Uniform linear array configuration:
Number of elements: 8
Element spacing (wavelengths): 0.75
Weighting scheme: blackman
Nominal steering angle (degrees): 30
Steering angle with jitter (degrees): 28.186
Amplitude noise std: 0.05
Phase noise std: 0.05

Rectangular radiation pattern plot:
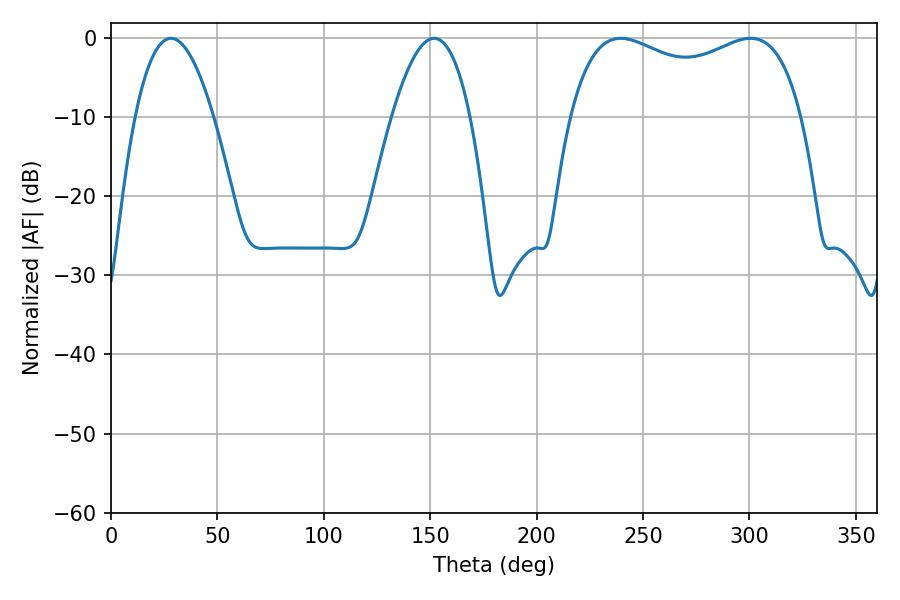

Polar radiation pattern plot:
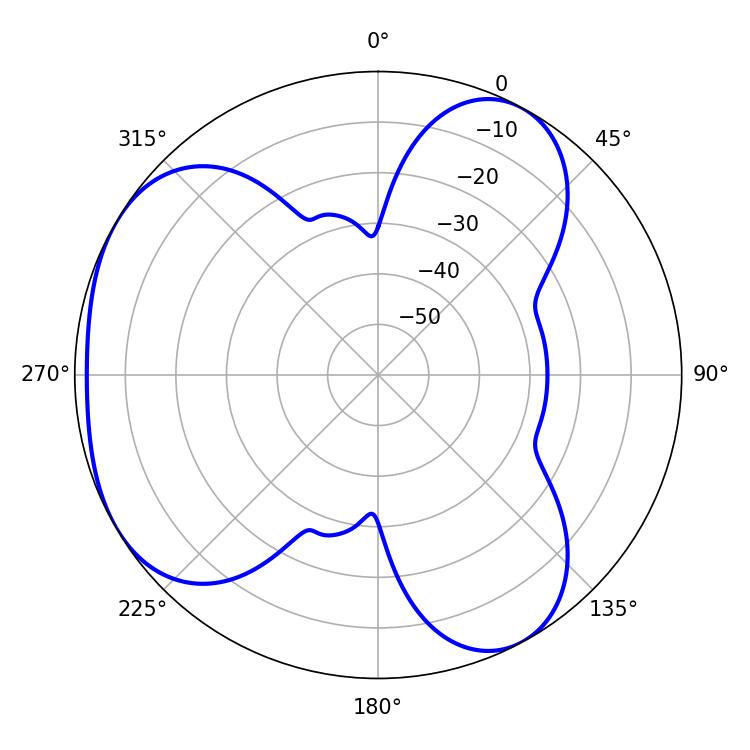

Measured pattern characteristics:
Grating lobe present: TRUE
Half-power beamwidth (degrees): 90
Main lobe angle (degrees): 239.4